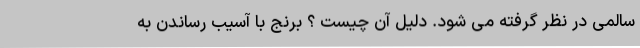
سالمی در نظر گرفته می شود. دلیل آن چیست ؟ برنج با آسیب رساندن به